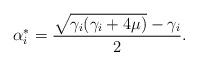
LaTeX: \begin{align*}\alpha_i^* = \frac{\sqrt{\gamma_i(\gamma_i+4\mu)}-\gamma_i}{2}.\end{align*}